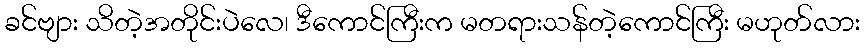
ခင်ဗျား သိတဲ့အတိုင်းပဲလေ၊ ဒီကောင်ကြီးက မတရားသန်တဲ့ကောင်ကြီး မဟုတ်လား